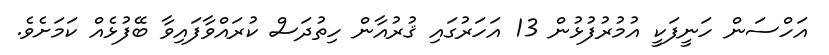
އަހްސަން ހަނީފަކީ އުމުރުފުޅުން 13 އަހަރުގައި ޤުރުއާން ހިތުދަސް ކުރައްވާފައިވާ ބޭފުޅެއް ކަމަަށެވެ.